Annual report on the Civil Veterinary Department, Burma (including the Insein Veterinary School) - 1923-1931
Year: 1923
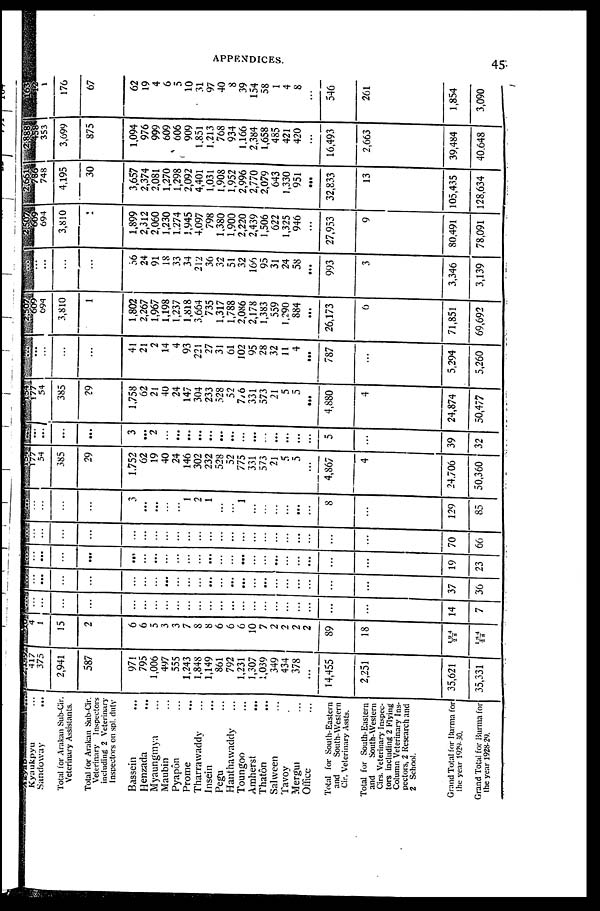
APPENDICES.
45
Kyaukpyu ...
Sandoway
...
Total for Arakan Sub-Cir.
Veterinary Assistants.
Total for Arakan Sub-Cir.
Veterinary Inspectors
including 2 Veterinary
Inspectors on spl. duty
Bassein ...
Henzada ...
Myaungmya ...
Maubin ...
Pyapôn ...
Prome
...
Tharrawaddy ...
Insein ...
Pegu ...
Hanthawaddy ...
Toungoo ...
Amherst
...
Thatôn ...
Salween ...
Tavoy
Mergui ...
Office ...
Total for South-Eastern
and
Southwestern
Cir. Veterinary Assts.
Total for South-Eastern
and
South-Western
Cirs. Veterinary Inspec-
tors including 2 Flying
Column Veterinary Ins-
pectors, 2 Research and
2 School.
Grand Total for Burma for
the year 1929-30.
Grand Total for Burma for
the year 1928-29.
417 375
2,941
587
971
795
1,006
497
555
1,243
1,848
1,149
861
792
1,231
1,307
1,039
349
434
378
...
14,455
2,251
35,621
35,331
4 1
15
2
6
6
5
3
3
7
8
8
6
6
6
10
7
2
2
2
2
89
18
194/
28
184/
28
...
...
...
...
...
...
...
...
...
...
...
...
...
...
...
...
...
...
...
...
...
...
...
14
7
...
...
...
...
...
...
...
...
...
...
...
...
...
...
...
...
...
...
...
...
...
...
...
37
30
...
...
...
...
...
...
...
...
...
...
...
...
...
...
...
...
...
...
...
...
...
...
...
19
23
...
...
...
...
...
...
...
...
...
...
...
...
...
...
...
...
...
...
...
...
...
...
...
70
66
...
...
...
...
3
...
...
...
...
1
2
1
...
...
1
...
...
...
...
...
...
8
...
129
85
177
54
385
29
1.752
62
19
40
24
146
302
232
528
52
775
331
573
21
5
5
...
4,867
4
24.706
50,360
177
...
...
...
3
... 2
...
...
...
...
...
...
...
...
...
...
...
...
5
...
39
32
...
54
385
29
1,758
62
21
40
24
147
304
233
528
52
7/6
331
573
21
5
5
...
4,880
4
24,874
50,477
...
...
...
...
41
21
2
14
4
93
221
27
31
61
102
95
28
32
11
4
...
787
...
5,294
5,260
...
694
3,810
1
1,802
2,267
1,967
1,198
1,237
1,818
3,664
735
1,317
1,788
2,086
2,178
1,383
559
1,290
884
...
26,173
6
71,851
69,692
...
...
...
...
56
24
91
18
33
34
212
36
32
51
32
166
95
31
24
58
...
993
3
3,346
3,139
...
694
3,810
1
1,899
2,312
2,060
1,230
1.274
1,945
4,097
798
1,380
1,900
2,220
2,439
1,506
622
1,325
946
...
27,953
9
80,491
78,091
...
748
4,195
30
3,657
2,374
2,081
1,270
1,298
2,092
4,401
1,031
1,908
1,952
2,996
2,770
2,079
643
1,330
951
...
32,833
13
105,435
128,634
...
353
3,699
875
1,094
976
999
609
606
909
1.851
1.213
768
934
1,166
2,384
1,658
485
421
420
...
16,493
2,663
39,484
40,648
...
1
176
67
62
19
4
6
5
10
31
97
40
8
39
154
58
1
4
8
...
546
261
1,854
3,090